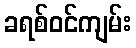
ခရစ်ဝင်ကျမ်း